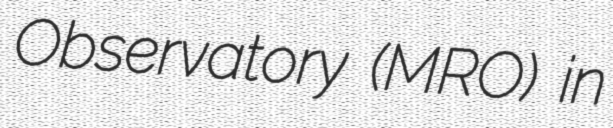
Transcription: Observatory (MRO) in